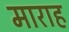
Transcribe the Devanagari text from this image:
माराह